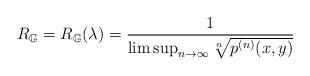
LaTeX: \begin{align*}R_\mathbb{G}=R_\mathbb{G}(\lambda)=\frac{1}{\limsup_{n\to \infty}\sqrt[n]{p^{(n)}(x,y)}}\end{align*}